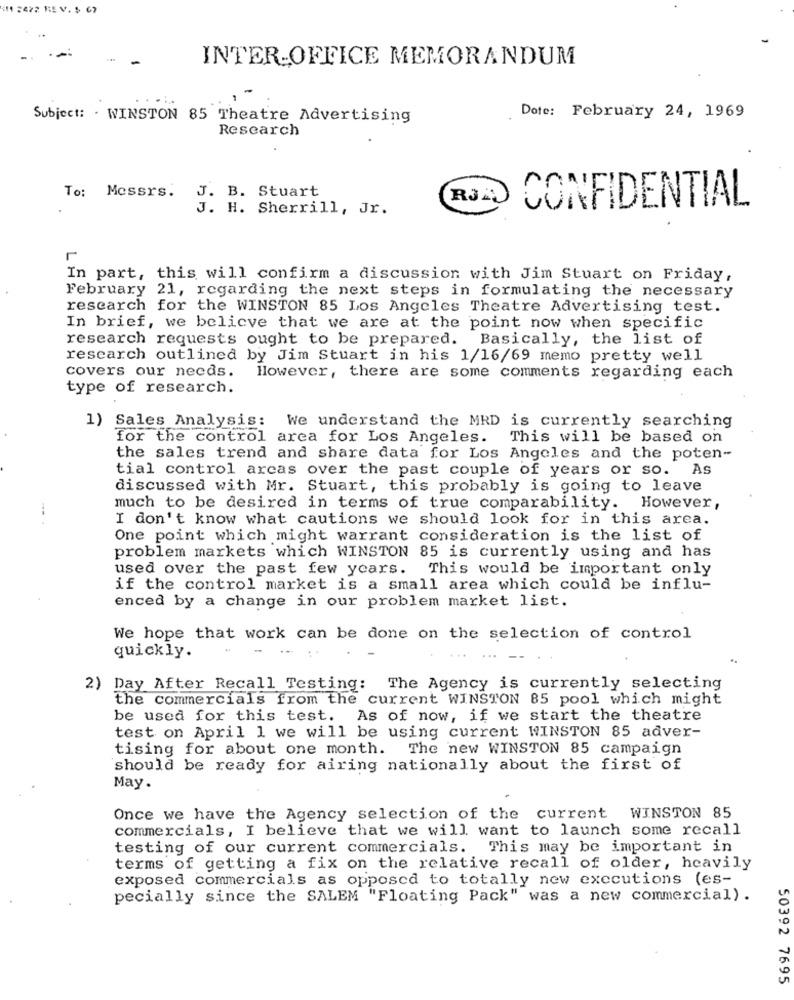
$11 2472 RE V. $ 67
INTER-OFFICE MEMORANDUM
Subject: . WINSTON 85 Theatre Advertising
Dote: February 24, 1969
Research
To: Mossrs.
J. B. Stuart
RJA
J. H. Sherrill, Jr.
CONFIDENTIAL
In part, this will confirm a discussion with Jim Stuart on Friday,
February 21, regarding the next steps in formulating the necessary
research for the WINSTON 85 Los Angeles Theatre Advertising test.
In brief, we believe that we are at the point now when specific
research requests ought to be prepared. Basically, the list of
research outlined by Jim Stuart in his 1/16/69 memo pretty well
covers our needs.
However, there are some comments regarding each
type of research.
1) Sales Analysis: We understand the MRD is currently searching
for the control area for Los Angeles. This will be based on
the sales trend and share data for Los Angeles and the poten-
tial control arcas over the past couple of years or so. As
discussed with Mr. Stuart, this probably is going to leave
much to be desired in terms of true comparability.
However,
I don't know what cautions we should look for in this area.
One point which might warrant consideration is the list of
problem markets which WINSTON 85 is currently using and has
used over the past few years. This would be important only
if the control market is a small area which could be influ-
enced by a change in our problem market list.
We hope that work can be done on the selection of control
quickly.
2) Day After Recall Testing: The Agency is currently selecting
the commercials from the current WINSTON 85 pool which might
be used for this test. As of now, if we start the theatre
test on April 1 we will be using current WINSTON 85 adver-
tising for about one month.
The new WINSTON 85 campaign
should be ready for airing nationally about the first of
May.
Once we have the Agency selection of the current WINSTON 85
commercials, I believe that we will want to launch some recall
testing of our current commercials. This may be important in
terms of getting a fix on the relative recall of older, heavily
exposed commercials as opposed to totally new executions (es-
pecially since the SALEM "Floating Pack" was a new commercial) .
50392 7695